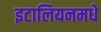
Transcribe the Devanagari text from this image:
इटालियनमधे